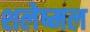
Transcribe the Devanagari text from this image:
शलेष्मल